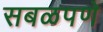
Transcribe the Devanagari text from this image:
सबळपणे